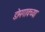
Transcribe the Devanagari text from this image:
डोमगावच्या